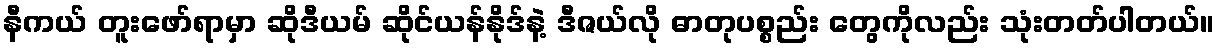
နီကယ် တူးဖော်ရာမှာ ဆိုဒီယမ် ဆိုင်ယန်နိုဒ်နဲ့ ဒီဇယ်လို ဓာတုပစ္စည်း တွေကိုလည်း သုံးတတ်ပါတယ်။